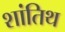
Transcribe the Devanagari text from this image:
शांतिथ